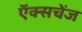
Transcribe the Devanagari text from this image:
ऍक्सचेंज